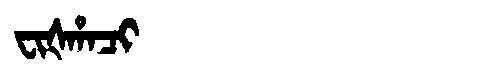
Manchu: ᠸᡳᡧᡥᠠᠴᡳ
Romanization: FIŠHACI